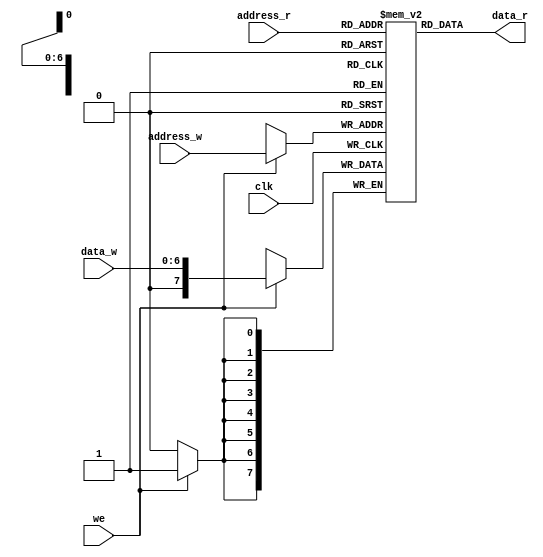
module reg_file #(parameter ADDR_WIDTH /*N*/ = 7 ,DATA_WIDTH/*Bits*/ = 8)(
    input clk,
    input we,
    input [ADDR_WIDTH -1: 0]address_w , address_r,
    input [ADDR_WIDTH -1: 0] data_w,
    output [DATA_WIDTH-1 : 0] data_r
    );
    
    reg [DATA_WIDTH - 1:0] memory[0:2**ADDR_WIDTH -1];
    
    always@(posedge clk)
    begin
            //synchronous wirte port
            if(we)
            memory[address_w] <=  data_w;
    end
    
    //Asynchronous read port
    assign data_r = memory[address_r];
    
endmodule